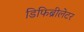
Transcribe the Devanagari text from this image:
डिफिब्रीलेटर